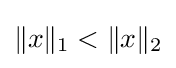
\|x\|_{1}<\|x\|_{2}